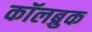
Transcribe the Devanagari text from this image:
कॉलब्रुक